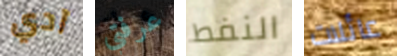
آدي عرفتي النفط عائلات